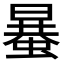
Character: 𧏒